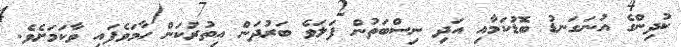
ކުދިންގެ އުނަގަނޑު ބޮޑުކަމާއި އަދި ނިސްބަތުން ފަލަވެ ބަރުދަން އިތުރުކަން ހާމަވެފައި ވާކަމަށެވެ.